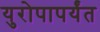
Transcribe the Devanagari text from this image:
युरोपापर्यंत